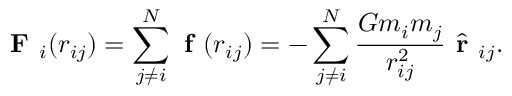
\textbf { F } _ { i } ( r _ { i j } ) = \sum _ { j \neq i } ^ { N } \textbf { f } ( r _ { i j } ) = - \sum _ { j \neq i } ^ { N } \frac { G m _ { i } m _ { j } } { r _ { i j } ^ { 2 } } \hat { \textbf { r } } _ { i j } .